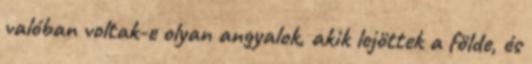
valóban voltak-e olyan angyalok, akik lejöttek a földe, és